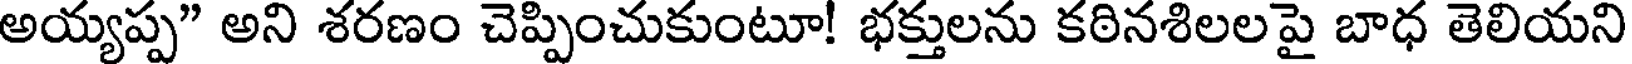
అయ్యప్ప" అని శరణం చెప్పించుకుంటూ! భక్తులను కఠినశిలల పై బాధ తెలియని